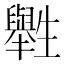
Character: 𤰁